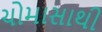
ચોમાસાથી